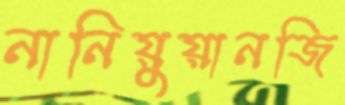
নানিয়ুয়ানজি